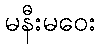
မနီးမဝေး